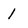
Character: 1